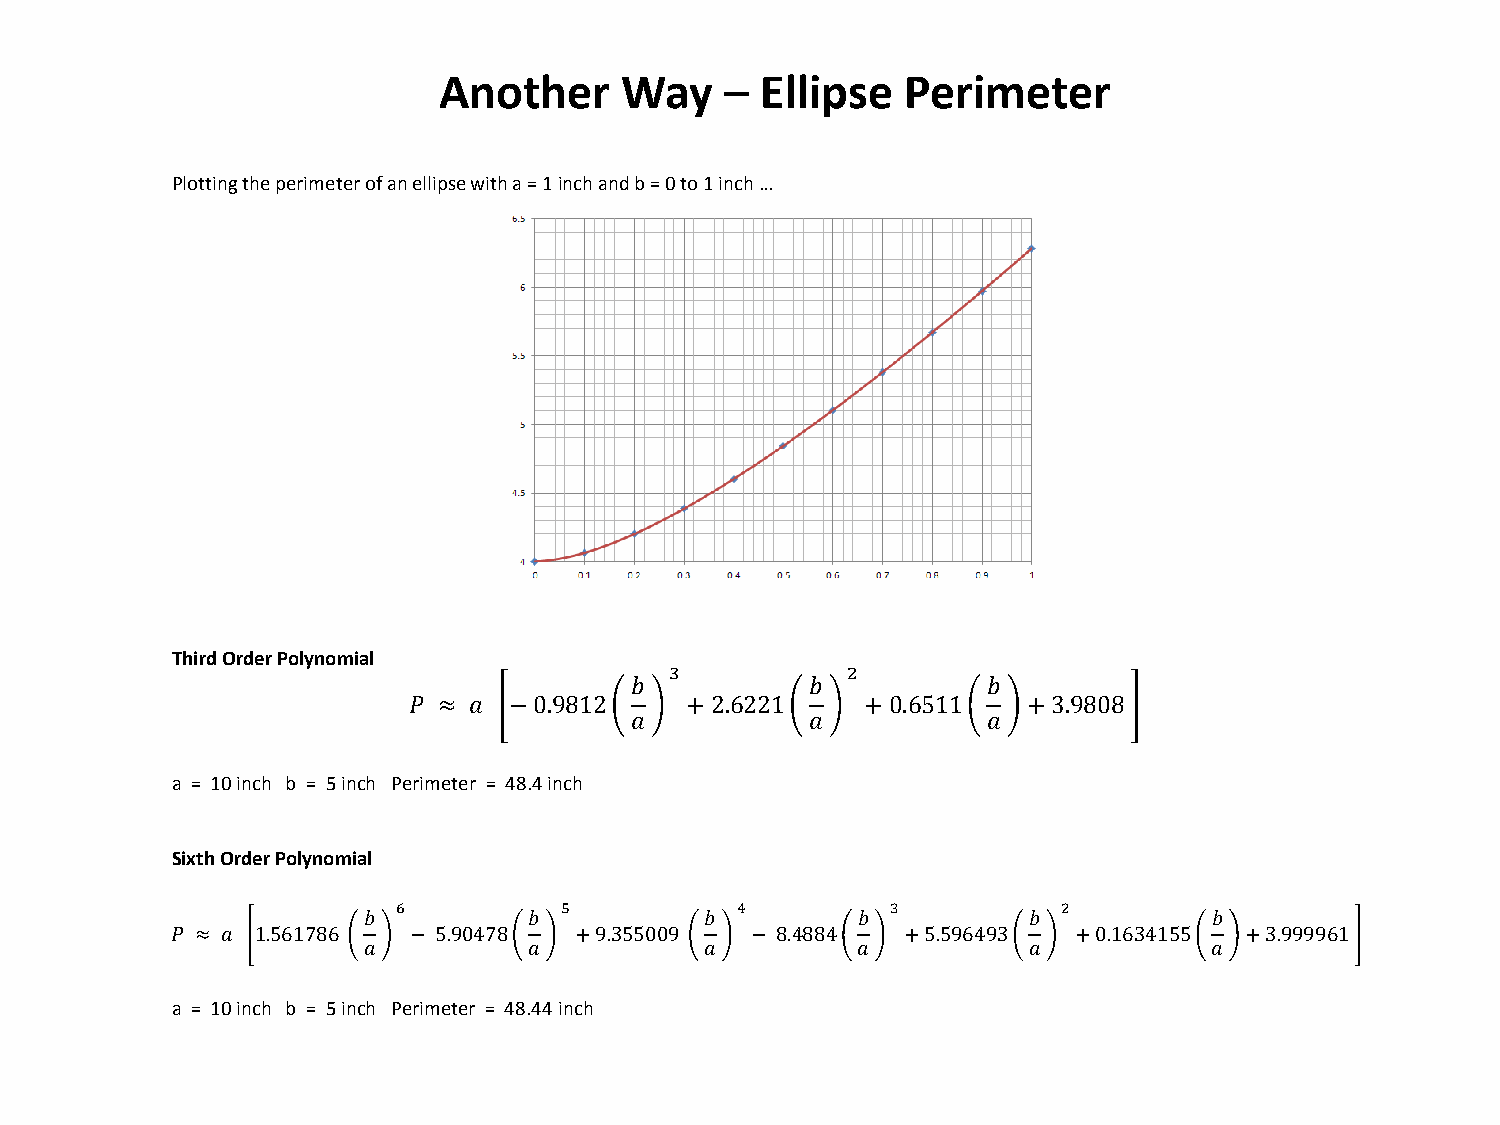
Another     Way    – Ellipse   Perimeter
 Plotting the perimeter of an ellipse with a = 1 inch and b = 0 to 1 inch …
 Third Order Polynomial
 3           2
 𝑏           𝑏          𝑏
 𝑃 ≈ 𝑎  − 0.9812   +2.6221     +0.6511    +3.9808
 𝑎           𝑎          𝑎
 a = 10 inch b = 5 inch Perimeter = 48.4 inch
 Sixth Order Polynomial
 6          5           4         3          2
 𝑏          𝑏           𝑏         𝑏          𝑏           𝑏
 𝑃 ≈ 𝑎 1.561786  − 5.90478  +9.355009   − 8.4884  +5.596493  +0.1634155 +3.999961
 𝑎          𝑎           𝑎         𝑎          𝑎           𝑎
 a = 10 inch b = 5 inch Perimeter = 48.44 inch